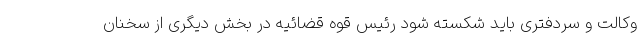
وکالت و سردفتری باید شکسته شود رئیس قوه قضائیه در بخش دیگری از سخنان